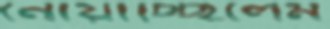
নোয়াচ্ছিলেম